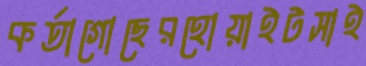
কর্তাগোছেরহোয়াইটসাই